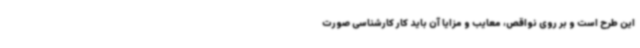
این طرح است و بر روی نواقص، معایب و مزایا آن باید کار کارشناسی صورت